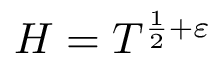
H = T ^ { { \frac { 1 } { 2 } } + \varepsilon }